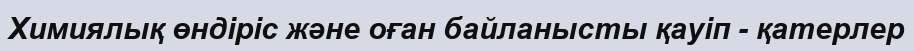
Химиялық өндіріс және оған байланысты қауіп - қатерлер